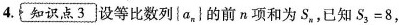
4.知识点3设等比数列{a_{ n }}的前n项和为S_{ n }，已知$$S _ { 3 } = 8$$，